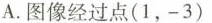
A.图像经过点(1，-3)